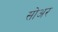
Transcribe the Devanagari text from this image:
सोअर